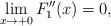
LaTeX: \begin{align*}\displaystyle \lim_{x\rightarrow +0} F_{1}''(x)= 0,\end{align*}